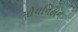
મોયનિહાન